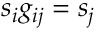
s _ { i } g _ { i j } = s _ { j }